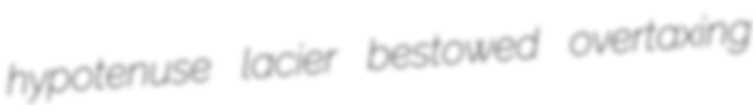
hypotenuse lacier bestowed overtaxing